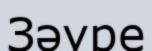
Зәуре